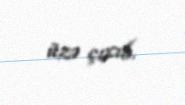
üzə çıxıb.